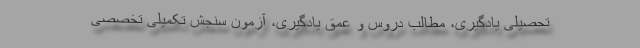
تحصیلی یادگیری، مطالب دروس و عمق یادگیری، آزمون سنجش تکمیلی تخصصی